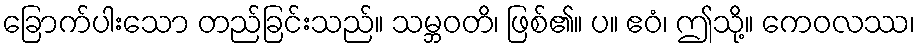
ခြောက်ပါးသော တည်ခြင်းသည်။ သမ္ဘဝတိ၊ ဖြစ်၏။ ပ။ ဧဝံ၊ ဤသို့။ ကေဝလဿ၊